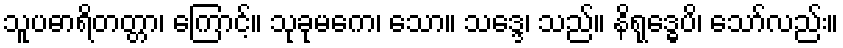
သူပဓာရိတတ္တာ၊ ကြောင့်။ သုခုမကေ၊ သော။ သဒ္ဒေ၊ သည်။ နိရုဒ္ဓေပိ၊ သော်လည်း။